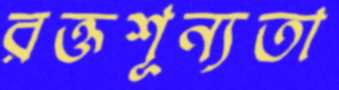
রক্তশূন্যতা